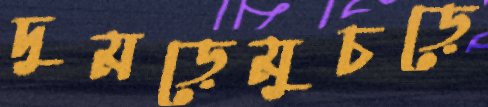
দুমড়েমুচড়ে